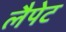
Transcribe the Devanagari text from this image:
लैपेट